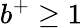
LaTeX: b^{+}\geq 1